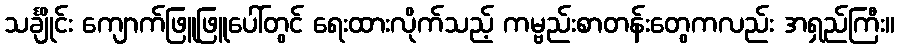
သင်္ချိုင်း ကျောက်ဖြူဖြူပေါ်တွင် ရေးထားလိုက်သည့် ကမ္ဗည်းစာတန်းတွေကလည်း အရှည်ကြီး။